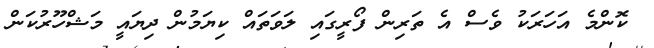
ކޮންމެ އަހަރަކު ވެސް އެ ތަރިން ފޯރީގައި ލަވަތައް ކިޔަމުން ދިޔައީ މަޝްހޫރުކަން